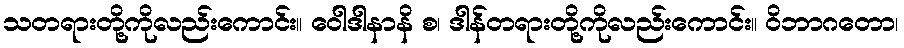
သတရားတို့ကိုလည်းကောင်း။ ဝေါဒါနာနိ စ၊ ဒါန်တရားတို့ကိုလည်းကောင်း။ ဝိဘာဂတော၊